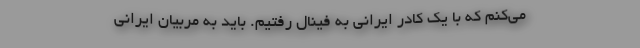
می‌کنم که با یک کادر ایرانی به فینال رفتیم. باید به مربیان ایرانی